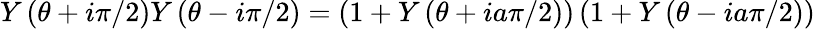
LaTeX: Y\left(\theta+i\pi/2\right)Y\left(\theta-i\pi/2\right)=\left(1+Y\left(\theta+ia\pi/2\right)\right)\left(1+Y\left(\theta-ia\pi/2\right)\right)